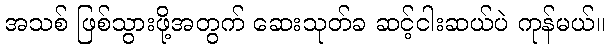
အသစ် ဖြစ်သွားဖို့အတွက် ဆေးသုတ်ခ ဆင့်ငါးဆယ်ပဲ ကုန်မယ်။